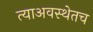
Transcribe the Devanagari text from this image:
त्याअवस्थेतच